Report on plague in the Punjab from October 1st ... to September 30th ..., being the ... season of plague in the province
Disease focus: Plague
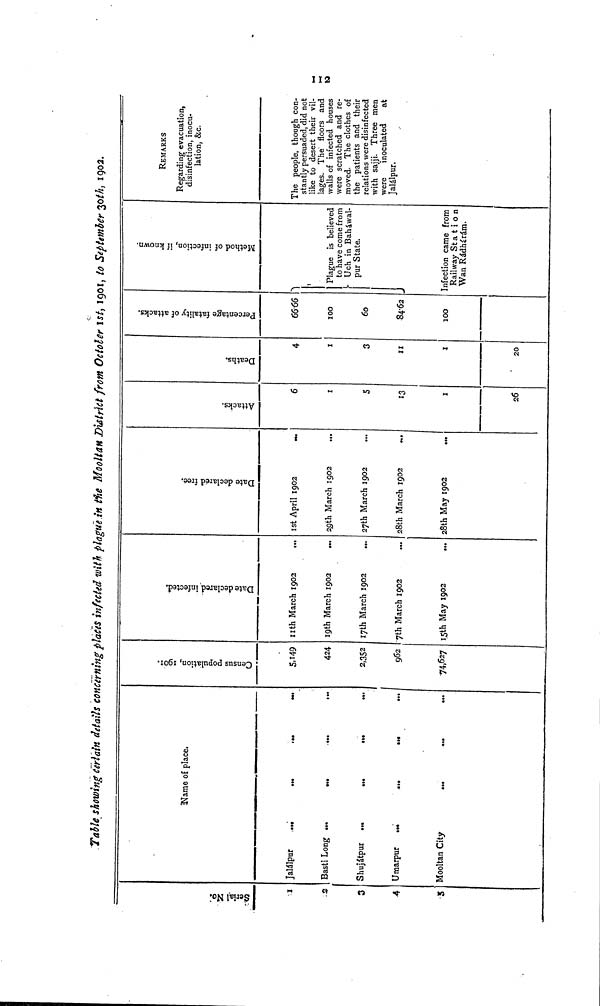
112
Table showing Certain details concerning places infeckd with plague in the Mooltan District from October ist, 1901, to September 30th, 1902.
6
Serial No
3
.3
3
4
-5
Jalálpur
...
Bastí Long ...
Shujátpur ...
Umarpur
...
Mooltan City
Name of place.
••t
...
—
-
...
•••
•••
...
•>•
•••
... ... ...
... ... ...
Census Population, 1901.
5,149
424
2,352
962
74,627
Date declared infected.
11th March 1902
...
19th March 1902
».
17th March 1902
...
7th March 1902 ...
15th May 1902 ...
Date declared free.
1st April 1902
...
29th March 1902
...
27th March 1902
28th March 1902
...
28th May 1902 ...
Attacks.
6
1
5
13
1
26
Deaths.
4
1
3
11
1
20
Percentage fatality of attacks.
6666
100
60
84.62
100
Method of infection, if Known.
1
Plague is believed
to have come from
Uch in Baháwal-
pur State.
J
Infection came from
Railway Sta t io n
Wan Rádhárám.
REMARKS
Regarding evacuation,
disinfection, inocu-
lation, &c.
The people, though con-
stantly persuaded, did not
like to desert their vil-
lages. The' floors and
walls of infected houses
were scratched and re-
moved. The clothes of
the patients and their
relations were disinfected
with sajji. Three men
were inoculated
at
Jalálpur.